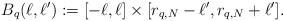
LaTeX: \begin{align*}B_q(\ell,\ell'):=[-\ell,\ell]\times [r_{q,N}-\ell',r_{q,N}+\ell'].\end{align*}